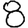
Digit: 8